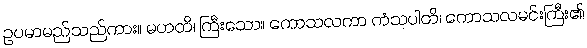
ဥပမာမည်သည်ကား။ မဟတိ၊ ကြီးသော။ ကောသလကာ ကံသပါတိ၊ ကောသလမင်းကြီး၏